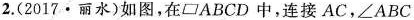
2.（2017·丽水）如图，在ABCD中，连接AC，$$∠ A B C